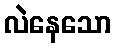
လဲနေသော